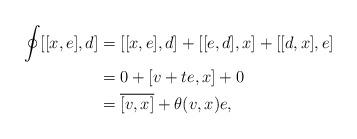
LaTeX: \begin{align*}\oint[[x,e],d]&=[[x,e],d]+[[e,d],x]+[[d,x],e]\\&=0+[v+te,x]+0\\&=\overline{[v,x]}+\theta(v,x)e, \end{align*}